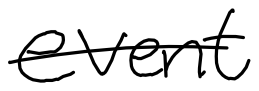
Text: event
Cross-out: single-line
Writing tool: digital_black